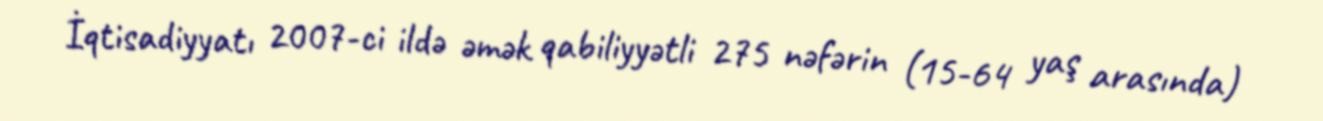
İqtisadiyyatı 2007-ci ildə əmək qabiliyyətli 275 nəfərin (15-64 yaş arasında)